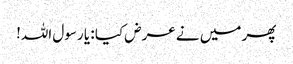
پھر میں نے عرض کیا : یا رسول اللہ!